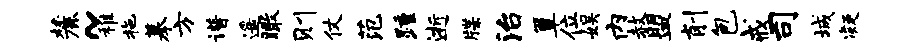
麓~稚拖摹方谱遥瞰则仗范踵逝牒治簟位娱内赦盟削包戒司城凝